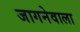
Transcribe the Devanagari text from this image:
जागनेवाला